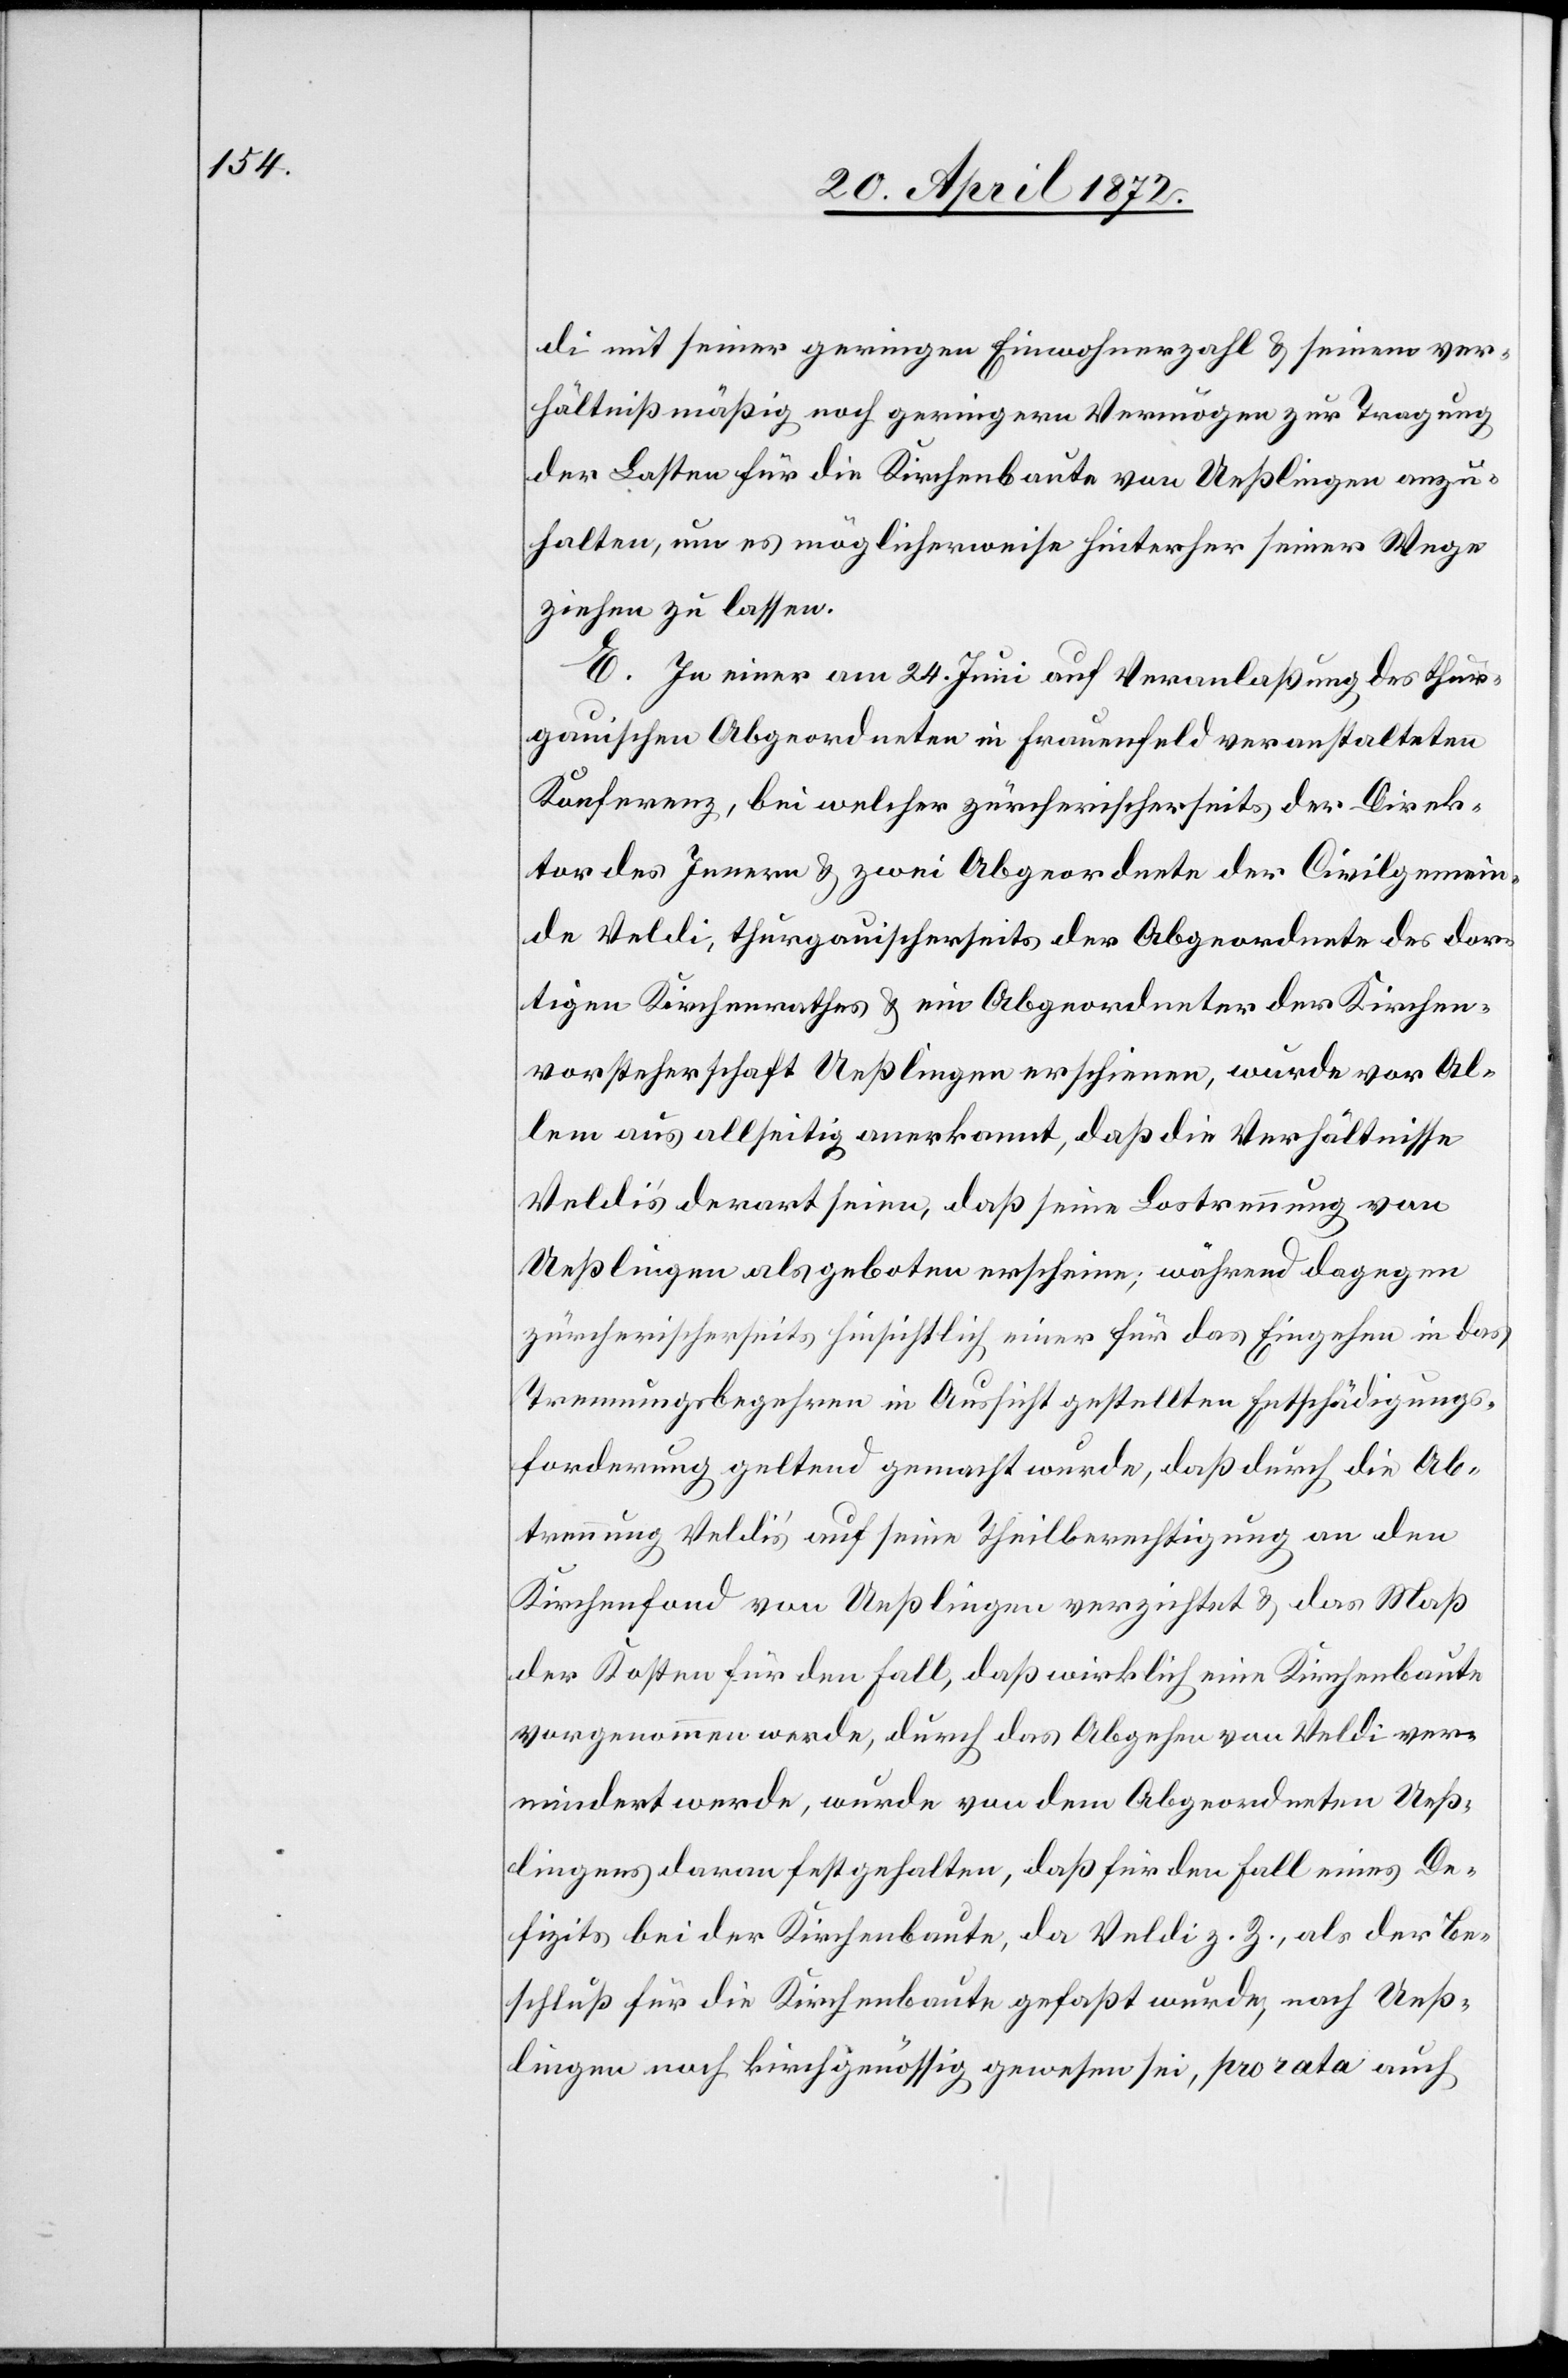
di mit seiner geringen Einwohnerzahl u. seinem ver¬
hältnißmäßig noch geringern Vermögen zur Tragung
der Lasten für die Kirchenbaute von Ueßlingen anzu¬
halten, um es möglicherweise hinterher seiner Wege
ziehen zu lassen.
E. In einer am 24. Juni auf Veranlaßung des thur¬
gauischen Abgeordneten in Frauenfeld veranstalteten
Konferenz, bei welcher zürcherischerseits der Direk¬
tor des Innern u. zwei Abgeordnete der Civilgemein¬
de Veldi, thurgauischerseits der Abgeordnete des dor¬
tigen Kirchenrathes u. ein Abgeordneter der Kirchen¬
vorsteherschaft Ueßlingen erschienen, wurde vor Al¬
lem aus allseitig anerkannt, daß die Verhältnisse
Veldi’s derart seien, daß seine Lostrennung von
Ueßlingen als geboten erscheine; während dagegen
zürcherischerseits hinsichtlich einer für das Eingehen in das
Trennungsbegehren in Aussicht gestellten Entschädigungs¬
forderung geltend gemacht wurde, daß durch die Ab¬
trennung Veldi’s auf seine Theilberechtigung an den
Kirchenfond von Ueßlingen verzichtet u. das Maß
der Kosten für den Fall, daß wirklich eine Kirchenbaute
vorgenommen werde, durch das Abgehen von Veldi ver¬
mindert werde, wurde von dem Abgeordneten Ueß¬
lingens daran festgehalten, daß für den Fall eines De¬
fizits bei der Kirchenbaute, da Veldi z. Z., als der Be¬
schluß für die Kirchenbaute gefaßt wurde, nach Ueß¬
lingen noch kirchgenössig gewesen sei, pro rata auch